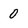
Character: 0